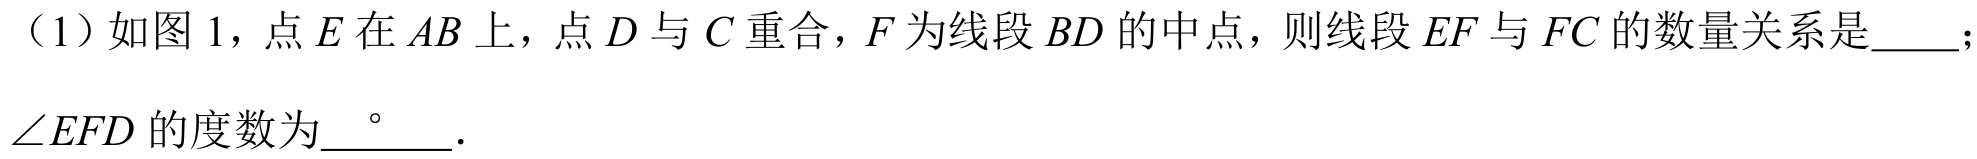
（1）如图 1，点$E$在$AB$上，点$D$与$C$重合，$F$为线段$BD$的中点，则线段$EF$与$FC$的数量关系是  ；$\angle EFD$的度数为$\underline{^{\circ}}$．